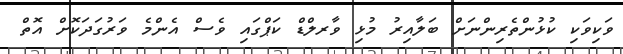
ވަކިވަކި ކުޅުންތެރިންނަށް ބަލާއިރު މުޅި ވާރލްޑް ކަޕްގައި ވެސް އެންމެ ވަރުގަދަކޮށް އޮތް